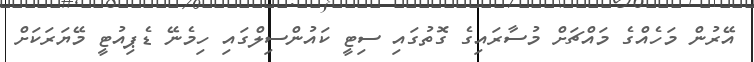
އޭރުން މަހެއްގެ މައްޗަށް މުސާރައިގެ ގޮތުގައި ސިޓީ ކައުންސިލްގައި ހިމެނޭ ޑެޕިއުޓީ މޭޔަރަކަށް